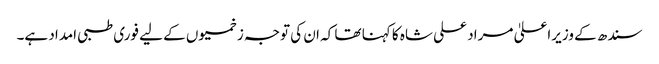
سندھ کے وزیراعلیٰ مراد علی شاہ کا کہنا تھا کہ ان کی توجہ زخمیوں کے لیے فوری طبی امداد ہے۔